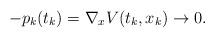
LaTeX: \begin{align*}-p_k(t_k)=\nabla_x V(t_k,x_k)\rightarrow 0.\end{align*}